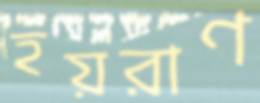
হয়রাণ